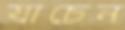
যাচেন